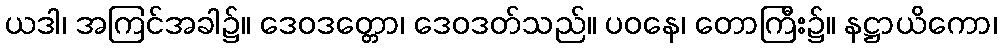
ယဒါ၊ အကြင်အခါ၌။ ဒေဝဒတ္တော၊ ဒေဝဒတ်သည်။ ပဝနေ၊ တောကြီး၌။ နဋ္ဌာယိကော၊